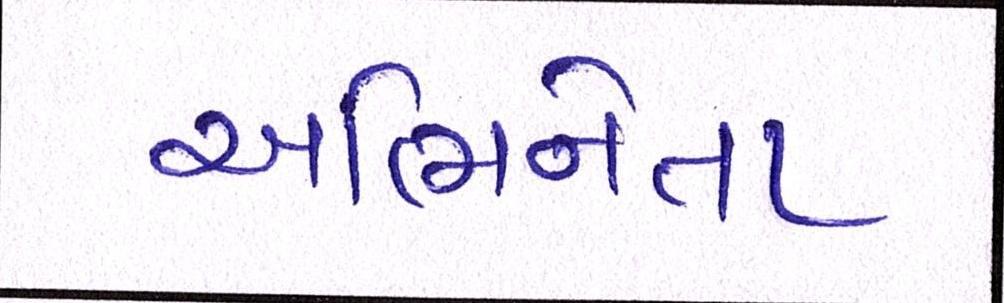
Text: અભિનેતા